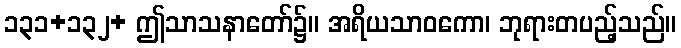
၁၃၁+၁၃၂+ ဤသာသနာတော်၌။ အရိယသာဝကော၊ ဘုရားတပည့်သည်။